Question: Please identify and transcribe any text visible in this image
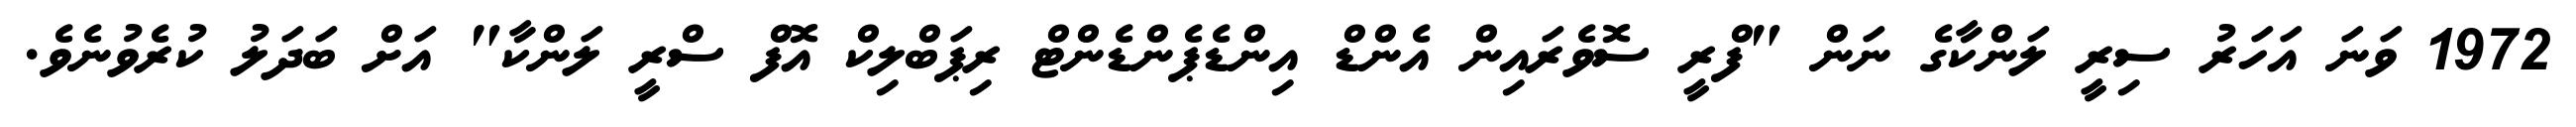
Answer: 1972 ވަނަ އަހަރު ސިރީ ލަންކާގެ ނަން "ފްރީ ސޮވެރައިން އެންޑް އިންޑެޕެންޑެންޓް ރިޕަބްލިކް އޮފް ސްރީ ލަންކާ" އަށް ބަދަލު ކުރެވުނެވެ.